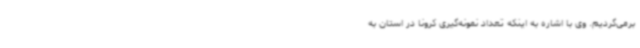
برمی‌گردیم. وی با اشاره به اینکه تعداد نمونه‌گیری کرونا در استان به